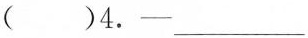
( )4.—___